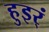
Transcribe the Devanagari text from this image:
हुइर्ं